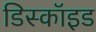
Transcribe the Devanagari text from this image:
डिस्कॉइड